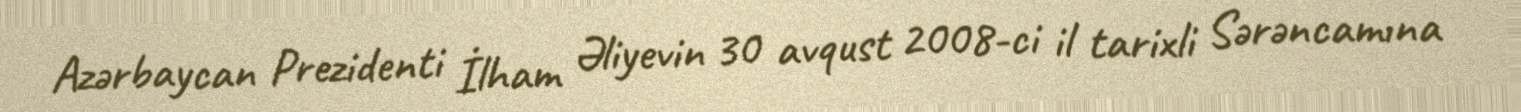
Azərbaycan Prezidenti İlham Əliyevin 30 avqust 2008-ci il tarixli Sərəncamına